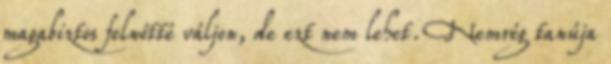
magabiztos felnőtté váljon, de ezt nem lehet. Nemrég tanúja